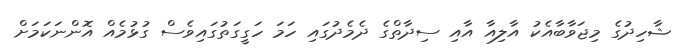
ޝާހިދުގެ މިޖަވާބާއެކު އާލިއާ އާއި ސިދާތްގެ ދެމެދުގައި ހަމަ ހަގީގަތުގައިވެސް ގުޅުމެއް އޮންނަކަމަށް